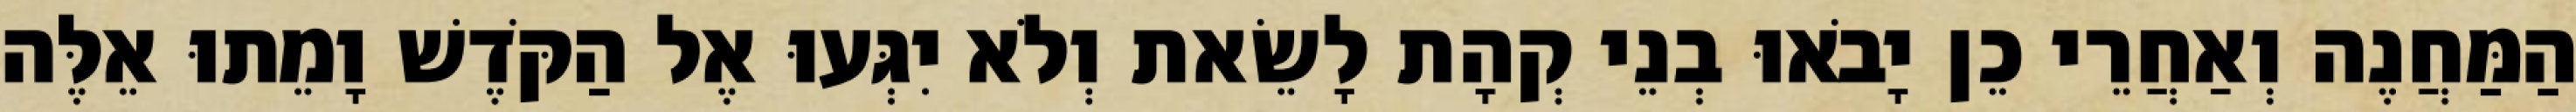
הַמַּחֲנֶה וְאַחֲרֵי כֵן יָבֹאוּ בְנֵי קְהָת לָשֵׂאת וְלֹא יִגְּעוּ אֶל הַקֹּדֶשׁ וָמֵתוּ אֵלֶּה